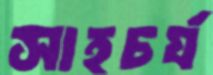
সাহচর্য